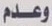
وعدم